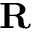
\mathbf { R }